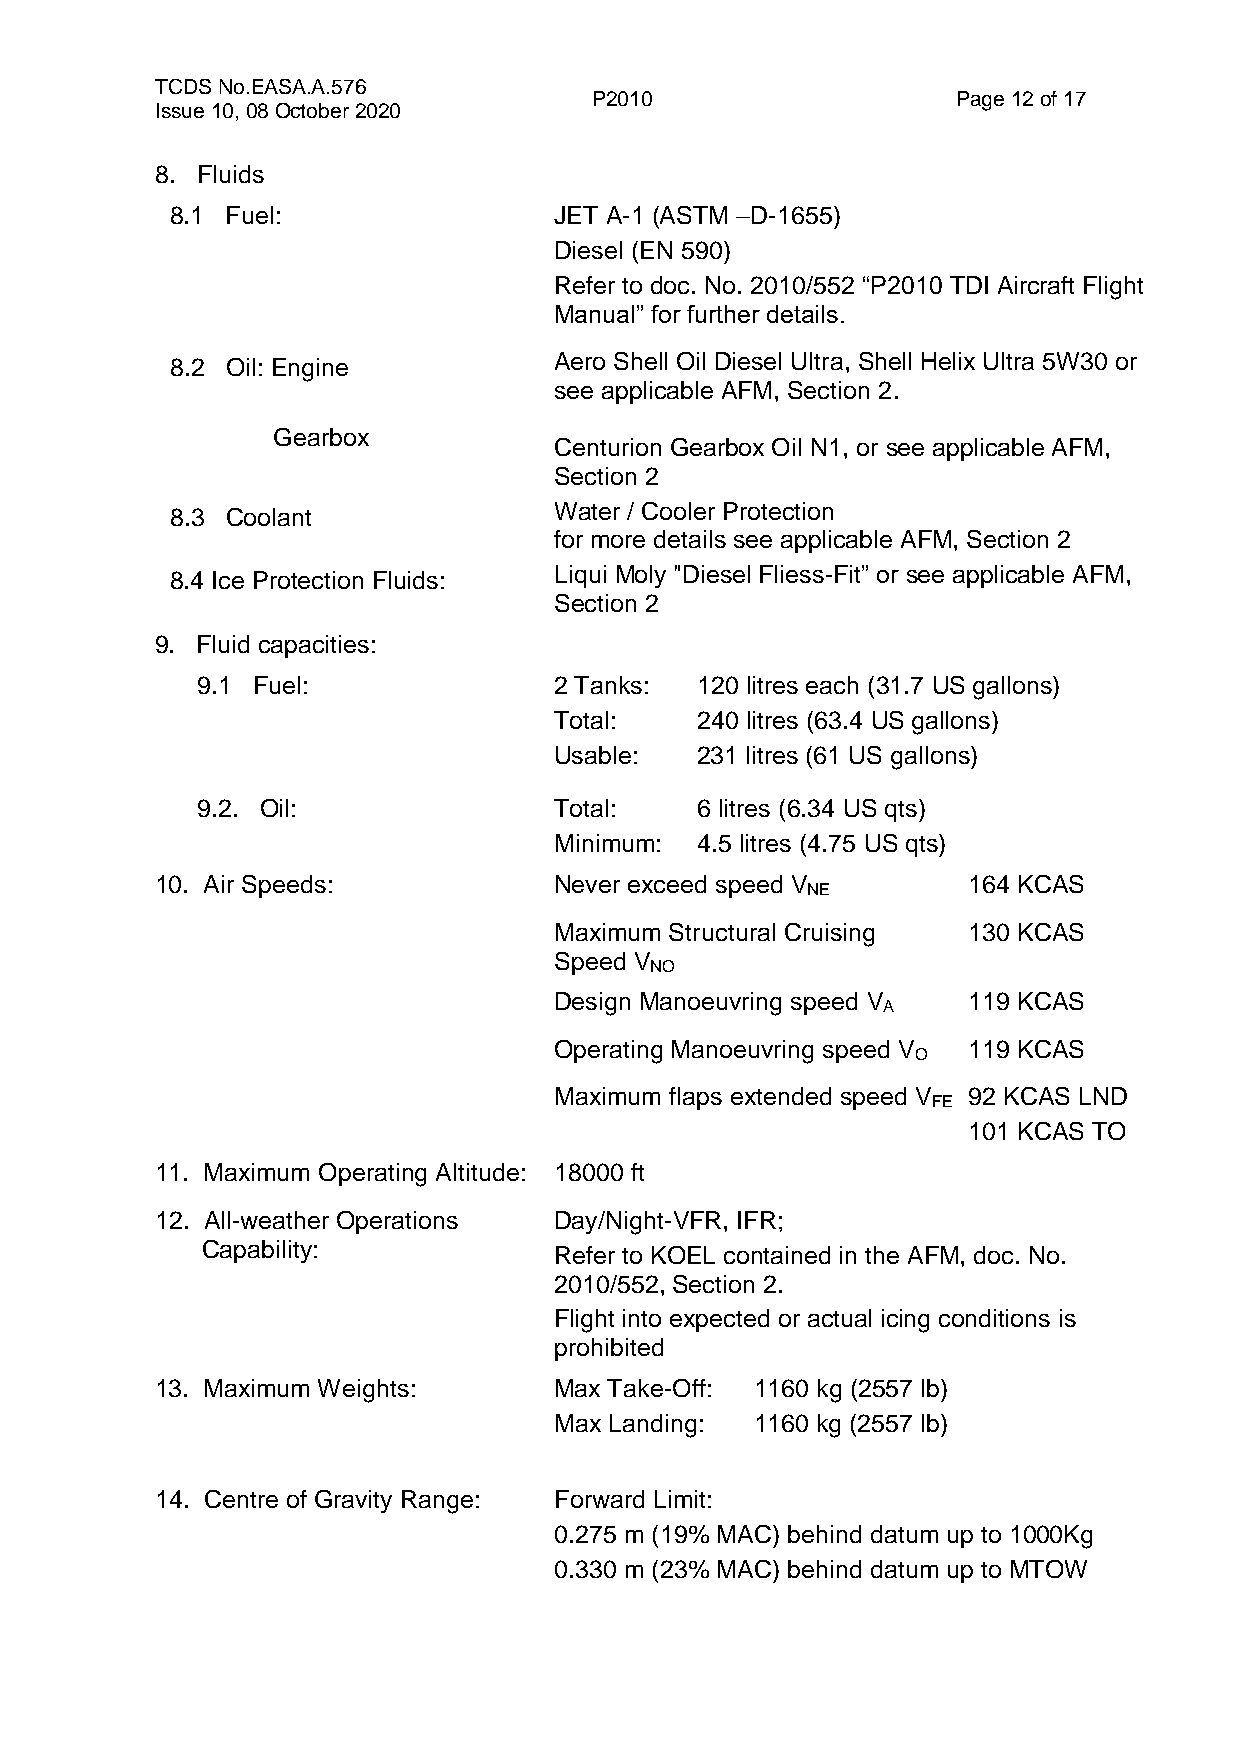
TCDS No.EASA.A.576
 P2010                   Page 12 of 17
 Issue 10, 08 October 2020
 8. Fluids
 8.1 Fuel:                 JET A-1 (ASTM –D-1655)
 Diesel (EN 590)
 Refer to doc. No. 2010/552 “P2010 TDI Aircraft Flight
 Manual” for further details.
 8.2 Oil: Engine           Aero Shell Oil Diesel Ultra, Shell Helix Ultra 5W30 or
 see applicable AFM, Section 2.
 Gearbox
 Centurion Gearbox Oil N1, or see applicable AFM,
 Section 2
 8.3 Coolant               Water / Cooler Protection
 for more details see applicable AFM, Section 2
 8.4 Ice Protection Fluids: Liqui Moly "Diesel Fliess-Fit” or see applicable AFM,
 Section 2
 9. Fluid capacities:
 9.1 Fuel:               2 Tanks: 120 litres each (31.7 US gallons)
 Total:   2 40 litres (63.4 US gallons)
 Usable:  2 31 litres (61 US gallons)
 9.2. Oil:               Total:   6 litres (6.34 US qts)
 Minimum: 4 .5 litres (4.75 US qts)
 10. Air Speeds:            Never exceed speed V       164 KCAS
 NE
 Maximum Structural Cruising 130 KCAS
 Speed V
 NO
 Design Manoeuvring speed V 119 KCAS
 A
 Operating Manoeuvring speed V 119 KCAS
 O
 Maximum flaps extended speed V 92 KCAS LND
 FE
 101 KCAS TO
 11. Maximum Operating Altitude: 18000 ft
 12. All-weather Operations Day/Night-VFR, IFR;
 Capability:             Refer to KOEL contained in the AFM, doc. No.
 2010/552, Section 2.
 Flight into expected or actual icing conditions is
 prohibited
 13. Maximum Weights:       Max Take-Off: 1160 kg (2557 lb)
 Max Landing: 1160 kg (2557 lb)
 14. Centre of Gravity Range: Forward Limit:
 0.275 m (19% MAC) behind datum up to 1000Kg
 0.330 m (23% MAC) behind datum up to MTOW